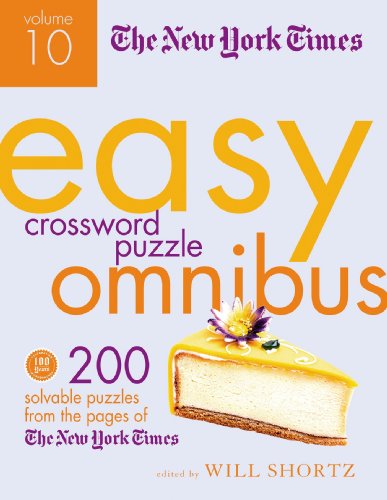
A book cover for The New York Times Easy Crossword Puzzle Omnibus Volume 10: 200 Solvable Puzzles from the Pages of The New York Times; The New York Times; Humor & Entertainment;